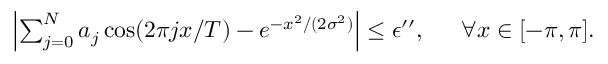
\begin{array} { r l } { \left| \sum _ { j = 0 } ^ { N } a _ { j } \cos ( 2 \pi j x / T ) - e ^ { - x ^ { 2 } / ( 2 \sigma ^ { 2 } ) } \right| \le \epsilon ^ { \prime \prime } , ~ } & { { } ~ \forall x \in [ - \pi , \pi ] . } \end{array}